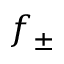
f _ { \pm }